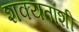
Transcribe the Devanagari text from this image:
शक्यतांशी